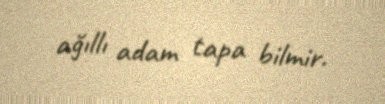
ağıllı adam tapa bilmir.